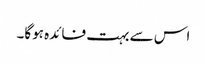
اس سے بہت فائدہ ہوگا۔